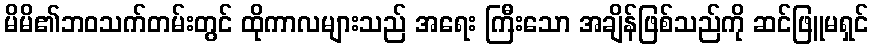
မိမိ၏ဘဝသက်တမ်းတွင် ထိုကာလများသည် အရေး ကြီးသော အချိန်ဖြစ်သည်ကို ဆင်ဖြူမရှင်